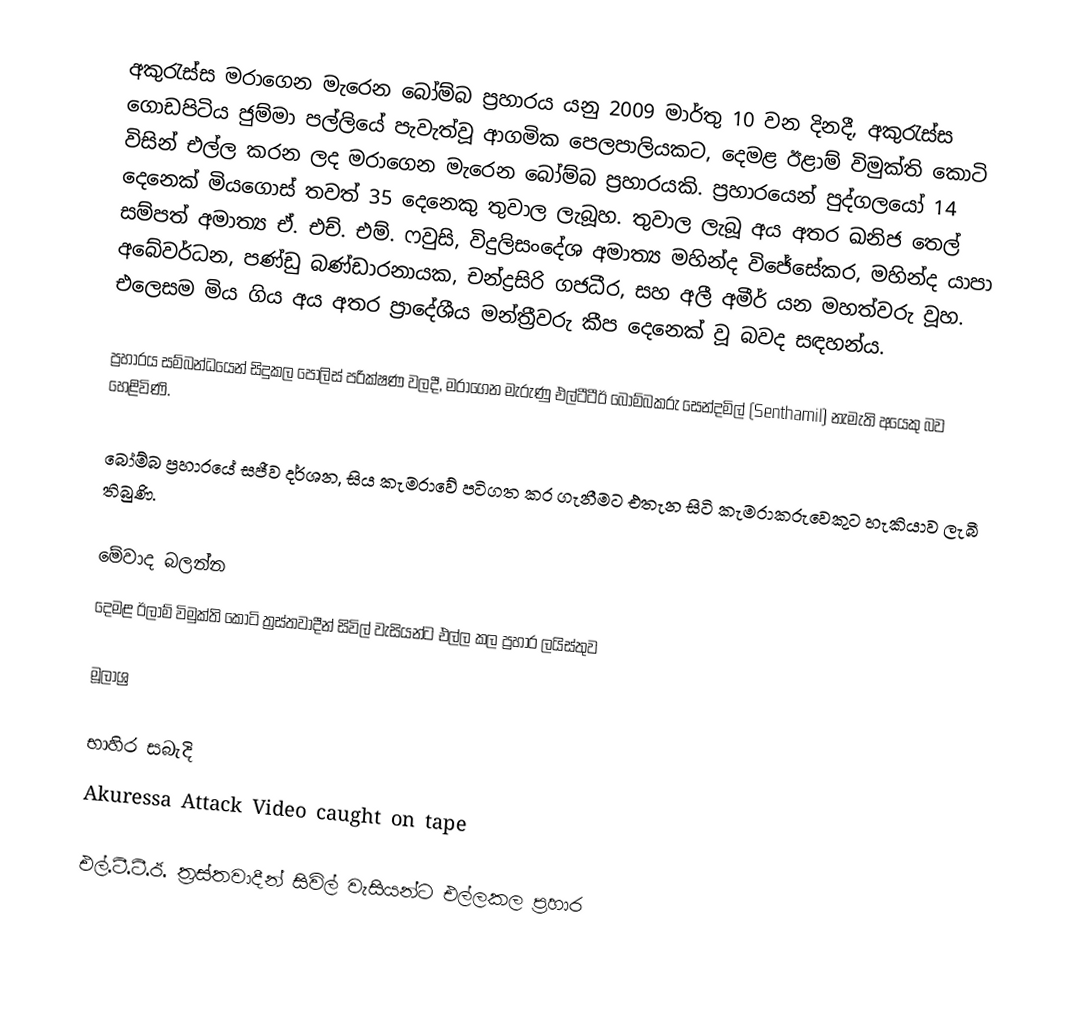
අකුරැස්ස මරාගෙන මැරෙන බෝම්බ ප්‍රහාරය  යනු 2009 මාර්තු 10 වන දිනදී, අකුරැස්ස ගොඩපිටිය ජුම්මා පල්ලියේ පැවැත්වූ ආගමික පෙලපාලියකට, දෙමළ ඊළාම් විමුක්ති කොටි විසින් එල්ල කරන ලද මරාගෙන මැරෙන බෝම්බ ප්‍රහාරයකි. ප්‍රහාරයෙන් පුද්ගලයෝ 14 දෙනෙක් මියගොස් තවත් 35 දෙනෙකු තුවාල ලැබූහ. තුවාල ලැබූ අය අතර ඛනිජ තෙල් සම්පත් අමාත්‍ය ඒ. එච්. එම්. ෆවුසි, විදුලිසංදේශ අමාත්‍ය මහින්ද විජේසේකර, මහින්ද යාපා අබේවර්ධන, පණ්ඩු බණ්ඩාරනායක, චන්ද්‍රසිරි ගජධීර, සහ අලී අමීර් යන මහත්වරු වූහ. එලෙසම මිය ගිය අය අතර ප්‍රාදේශීය මන්ත්‍රීවරු කීප දෙනෙක් වූ බවද සඳහන්ය.

ප්‍රහාරය සම්බන්ධයෙන් සිදුකල පොලිස් පරික්ෂණ වලදී, මරාගෙන මැරුණු එල්ටීටීඊ බෝම්බකරු සෙන්දමිල් (Senthamil) නැමැති අයෙකු බව හෙළිවිණි.

බෝම්බ ප්‍රහාරයේ සජීව දර්ශන, සිය කැමරාවේ පටිගත කර ගැනීමට එතැන සිටි කැමරාකරුවෙකුට හැකියාව ලැබී තිබුණි.

මේවාද බලන්න
 දෙමළ ඊලාම් විමුක්ති කොටි ත්‍රස්තවාදීන් සිවිල් වැසියන්ට එල්ල කල ප්‍රහාර ලයිස්තුව

මූලාශ්‍ර

භාහිර සබැදි
 Akuressa Attack Video caught on tape

එල්.ටී.ටී.ඊ. ත්‍රස්තවාදීන් සිවිල් වැසියන්ට එල්ලකල ප්‍රහාර